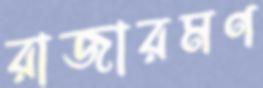
রাজারমণ